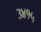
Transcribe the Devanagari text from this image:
३४१५